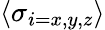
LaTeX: \langle\sigma_{i=x,y,z}\rangle